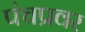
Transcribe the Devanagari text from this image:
पंचप्रवर